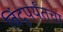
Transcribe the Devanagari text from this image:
बिंदूपर्यंतचा